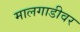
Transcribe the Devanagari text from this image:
मालगाडीवर